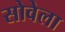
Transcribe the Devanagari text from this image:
सोवेला